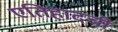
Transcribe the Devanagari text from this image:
एतिहादची